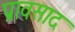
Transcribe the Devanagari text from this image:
प्रावसाद